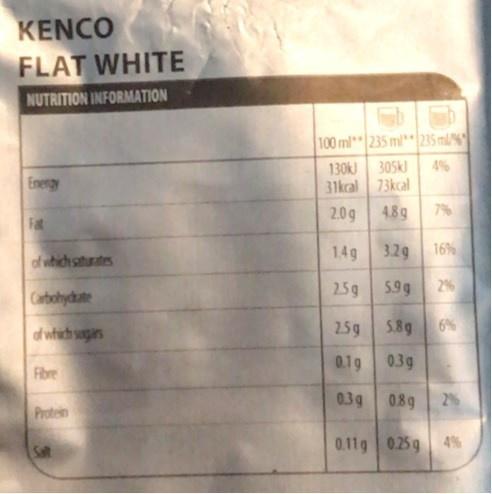
KENCO FLAT WHITE
NUTRITION INFORMATION
100 ml*235 ml 235 ml/%
305kJ 31kcal 73kcal 4.89
130k)
4%
Enengy
2.0g
7%
Fat
of which siturates
14g
3.29
16%
259
5.9g
2%
Carbohydzate
df which sagars
25g 5.8g
6%
0.1g 03g
Fibre
0.3g
0.89
2%
Protein
Salt
0.11g 025g
4%